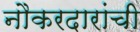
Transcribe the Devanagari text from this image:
नौकरदारांची